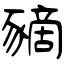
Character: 豴